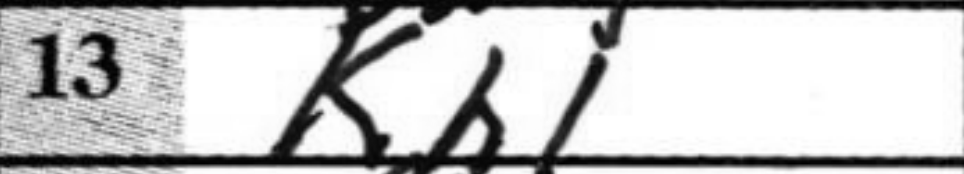
Transcription: Kh1